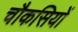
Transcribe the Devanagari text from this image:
चौकसियों